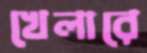
খেলারে